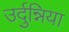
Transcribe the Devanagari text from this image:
उर्दुन्निया